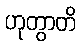
ဟုတွာတိ